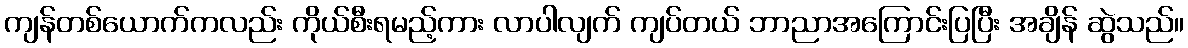
ကျန်တစ်ယောက်ကလည်း ကိုယ်စီးရမည့်ကား လာပါလျက် ကျပ်တယ် ဘာညာအကြောင်းပြပြီး အချိန် ဆွဲသည်။